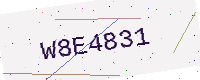
Text: W8E4831